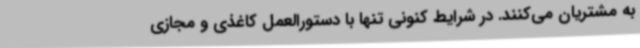
به مشتریان می‌کنند. در شرایط کنونی تنها با دستورالعمل کاغذی و مجازی